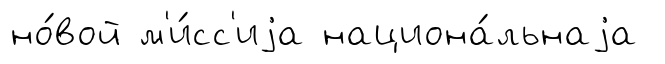
но́вой м'и́сс'иjа национа́льнаjа